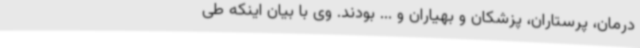
درمان، پرستاران، پزشکان و بهیاران و ... بودند. وی با بیان اینکه طی